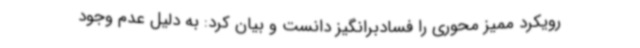
رویکرد ممیز محوری را فسادبرانگیز دانست و بیان کرد: به دلیل عدم وجود